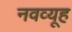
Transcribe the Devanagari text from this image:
नवव्यूह